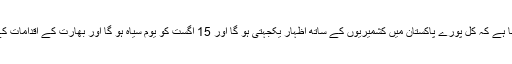
شاہ محمود قریشی کا کہنا ہے کہ کل پورے پاکستان میں کشمیریوں کے ساتھ اظہار یکجہتی ہو گا اور 15 اگست کو یوم سیاہ ہو گا اور بھارت کے اقدامات کے خلاف آواز بلند ہو گی۔